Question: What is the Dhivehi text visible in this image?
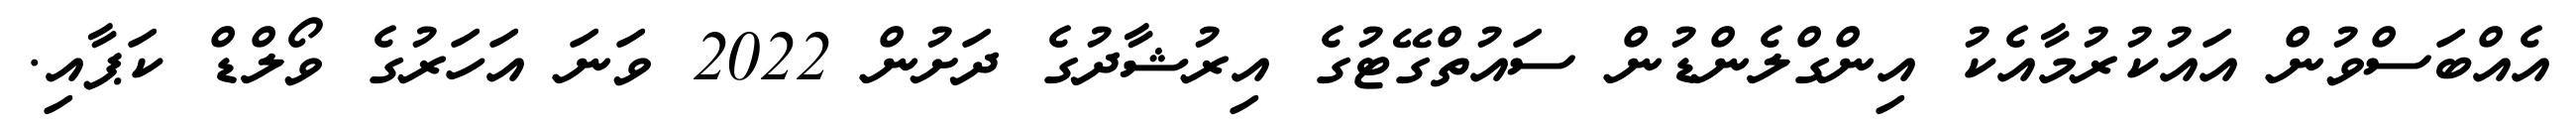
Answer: އެއްބަސްވުން އައުކުރުމާއެކު އިންގްލެންޑުން ސައުތްގޭޓުގެ އިރުޝާދުގެ ދަށުން 2022 ވަނަ އަހަރުގެ ވޯލްޑް ކަޕާއި.